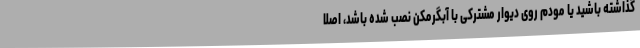
گذاشته باشید یا مودم روی دیوار مشترکی با آبگرمکن نصب شده باشد، اصلا